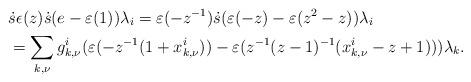
LaTeX: \begin{align*} &\ \dot{s}\epsilon(z)\dot{s}(e-\varepsilon(1))\lambda_i = \varepsilon(-z^{-1}) \dot{s} (\varepsilon(-z)- \varepsilon(z^2-z)) \lambda_i \\ &\ = \sum_{k,\nu} g^i_{k,\nu} (\varepsilon(-z^{-1}(1+x^i_{k,\nu}))-\varepsilon(z^{-1}(z-1)^{-1}(x^i_{k,\nu}-z+1)) )\lambda_k.\end{align*}